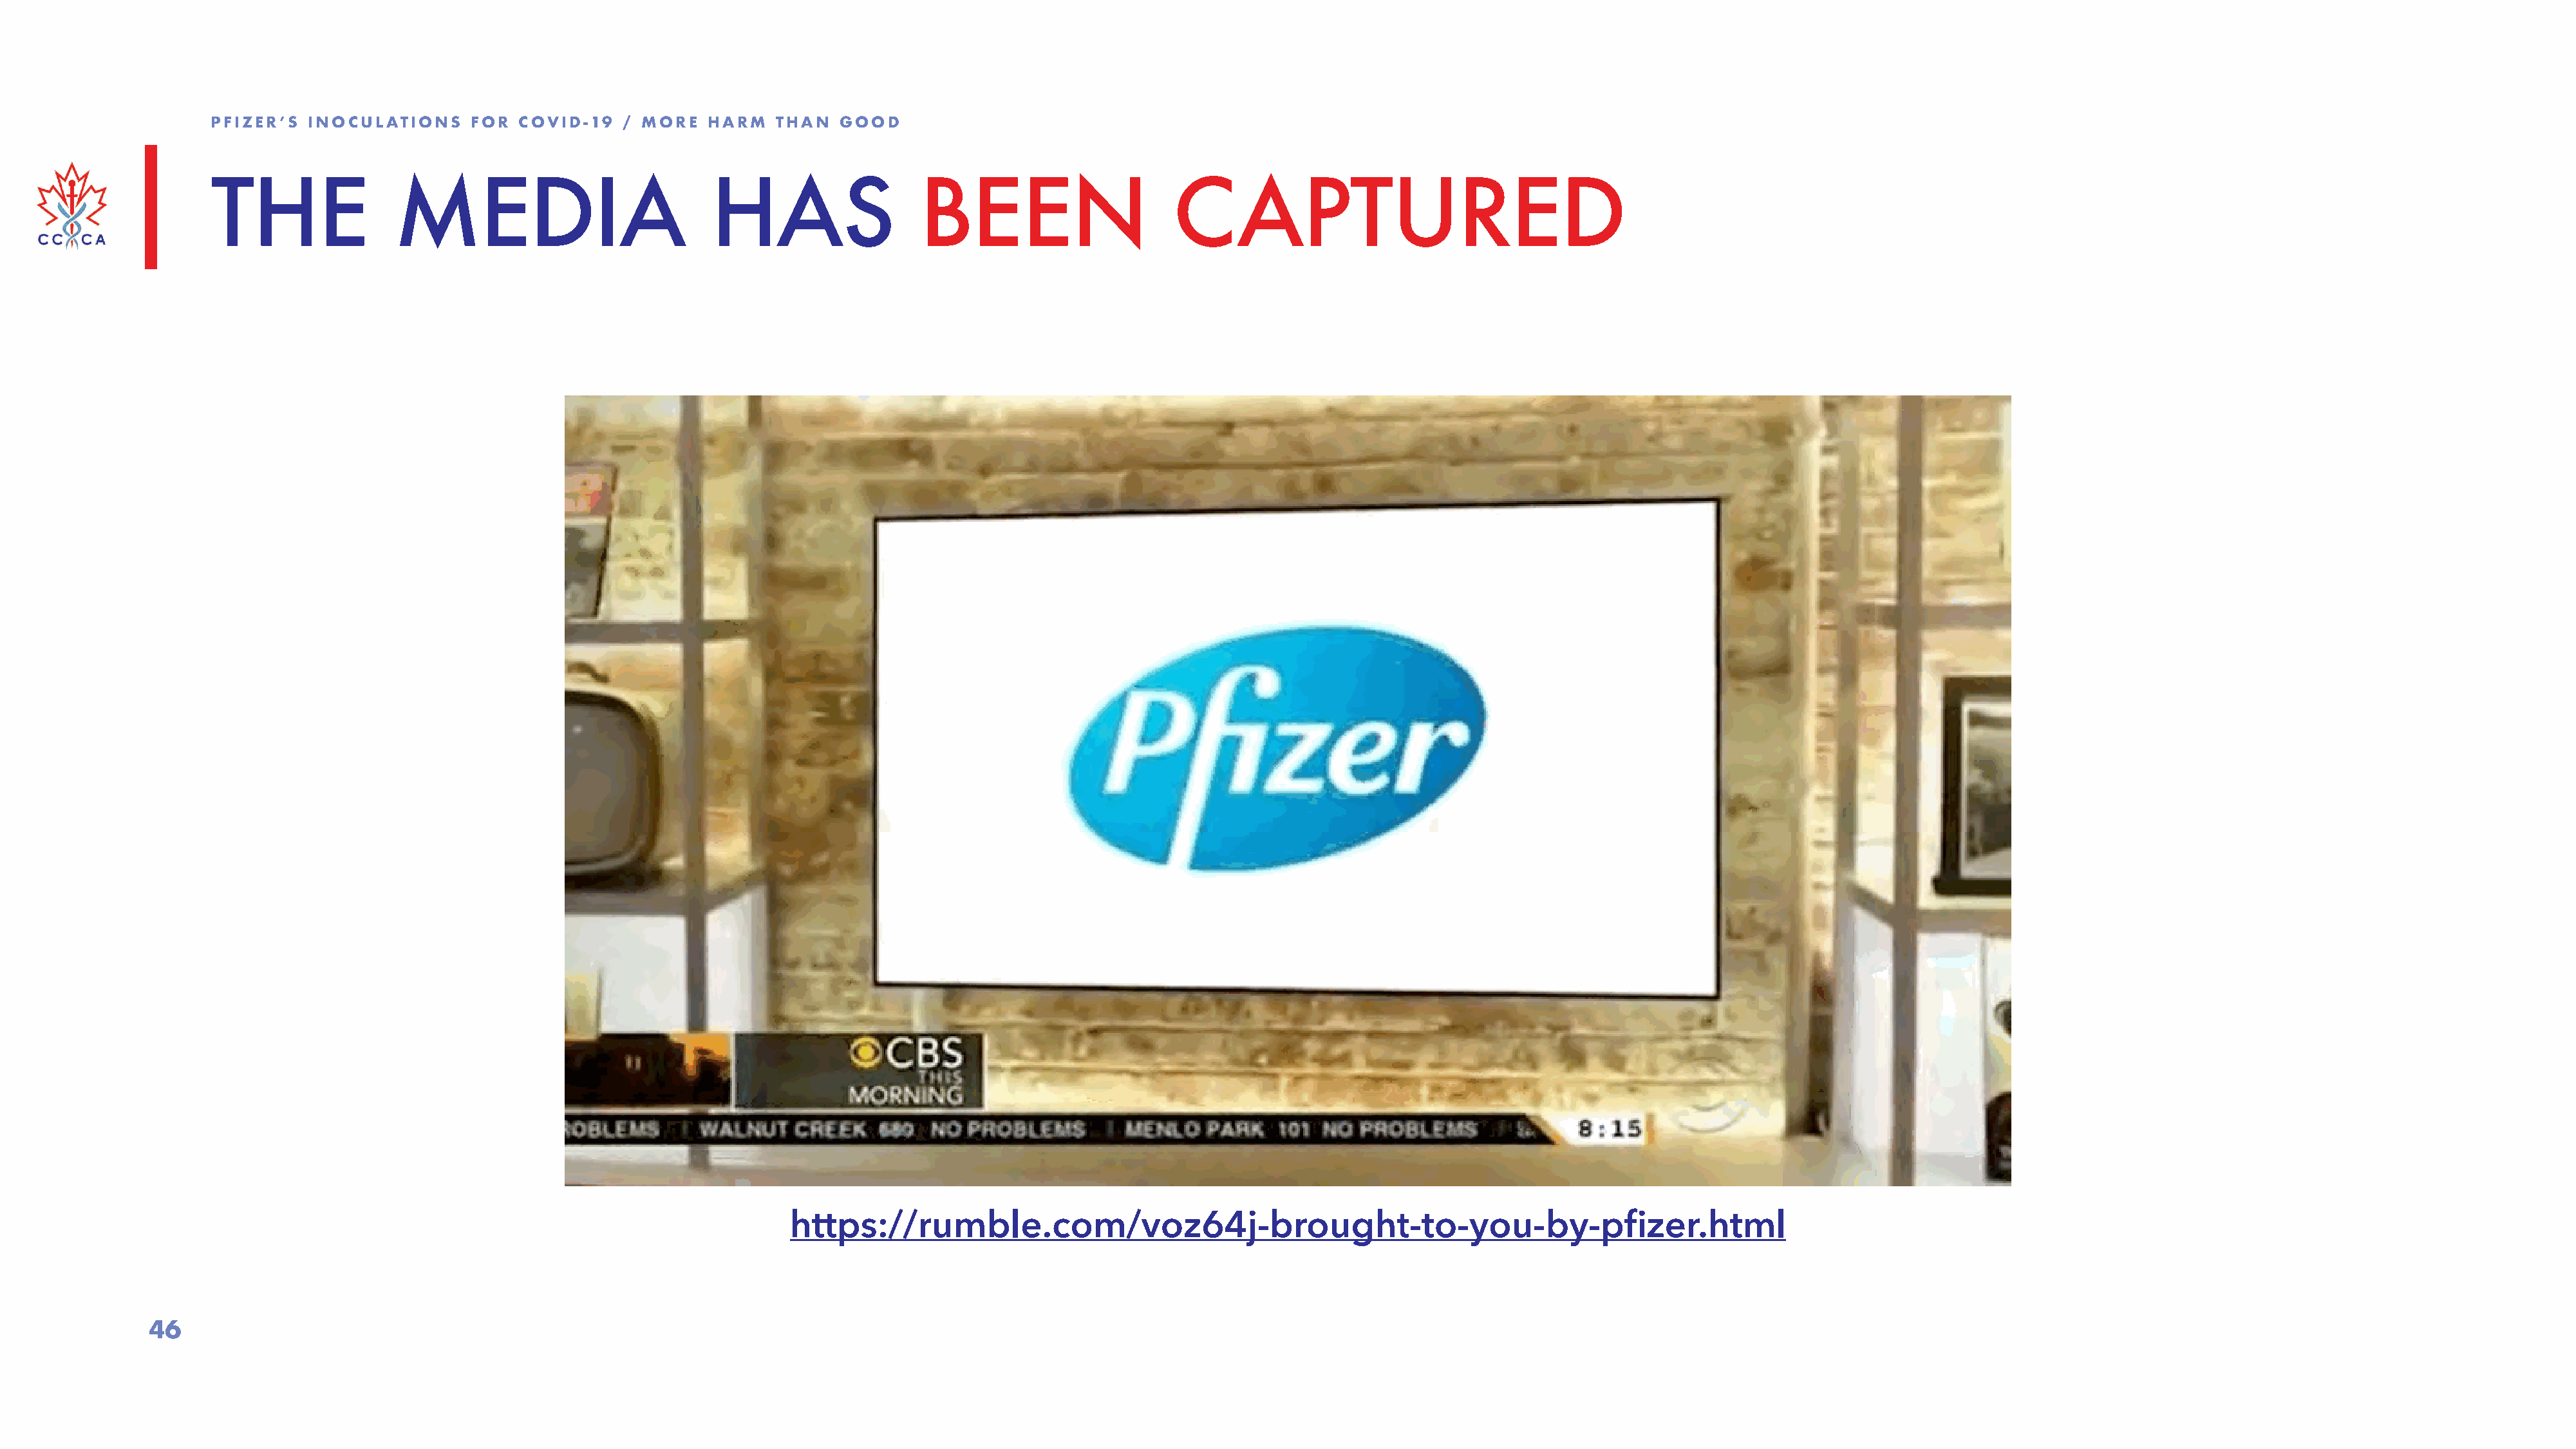
PFIZER’S  INOCULATIONS    FOR  COVID-19   / MORE   HARM   THAN  GOOD
 THE                MEDIA                           HAS                   BEEN                      CAPTURED
 https://rumble.com/voz64j-brought-to-you-by-pfizer.html
 46